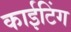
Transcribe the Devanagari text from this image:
काईटिंग